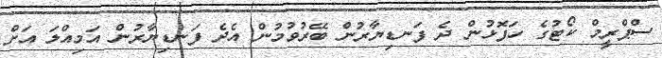
ސްޕްރީމް ކޯޓުގެ ހަފޮޅުން ދެ ފަނޑިޔާރުން ބޭރުވުމުން އެދެ ފަނޑިޔާރުން އަމިއްލަ އަށް